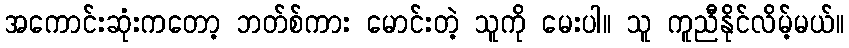
အကောင်းဆုံးကတော့ ဘတ်စ်ကား မောင်းတဲ့ သူကို မေးပါ။ သူ ကူညီနိုင်လိမ့်မယ်။